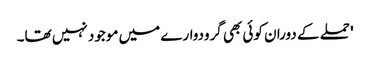
' حملے کے دوران کوئی بھی گرودوارے میں موجود نہیں تھا۔